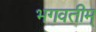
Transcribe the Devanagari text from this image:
भगवतीम्